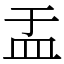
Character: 盂